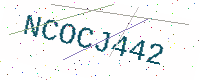
Text: NCOCJ442